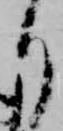
り